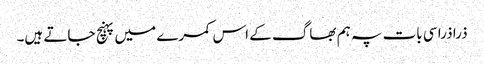
ذرا ذرا سی بات پہ ہم بھاگ کے اس کمرے میں پہنچ جاتے ہیں۔